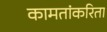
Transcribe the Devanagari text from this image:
कामतांकरिता